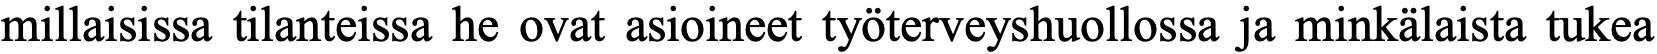
millaisissa tilanteissa he ovat asioineet työterveyshuollossa ja minkälaista tukea